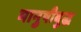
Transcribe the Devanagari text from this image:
मानुषीबुद्ध